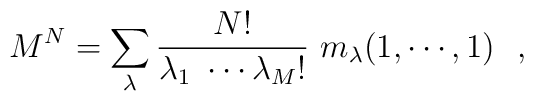
M^N  =  \sum_\lambda  {N!\over\lambda_1~\cdots                    \lambda_M!} ~m_\lambda (1,\cdots,1 )\,\,\,\,,